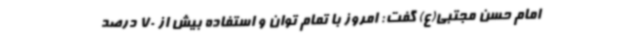
امام حسن مجتبی(ع) گفت: امروز با تمام توان و استفاده بیش از 70 درصد